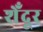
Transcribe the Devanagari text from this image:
शेँदूर